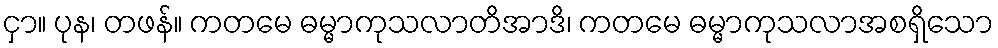
ငှာ။ ပုန၊ တဖန်။ ကတမေ ဓမ္မာကုသလာတိအာဒိ၊ ကတမေ ဓမ္မာကုသလာအစရှိသော